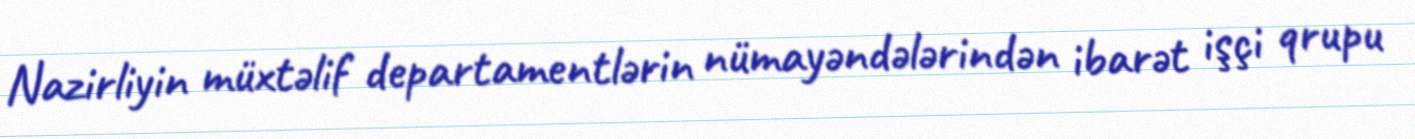
Nazirliyin müxtəlif departamentlərin nümayəndələrindən ibarət işçi qrupu